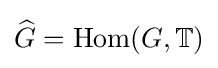
{\widehat {G}}={\text{Hom}}(G,\mathbb {T} )